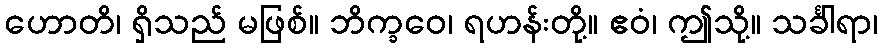
ဟောတိ၊ ရှိသည် မဖြစ်။ ဘိက္ခဝေ၊ ရဟန်းတို့။ ဧဝံ၊ ဤသို့။ သင်္ခါရာ၊